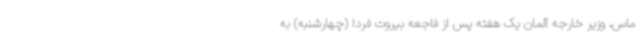
ماس، وزیر خارجه آلمان یک هفته پس از فاجعه بیروت فردا (چهارشنبه) به